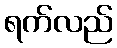
ရက်လည်